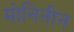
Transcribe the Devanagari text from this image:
मोनिनीन